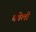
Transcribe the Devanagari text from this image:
घवेली